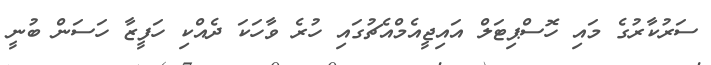
ސަރުކާރުގެ މައި ހޮސްޕިޓަލް އައިޖީއެމްއެޗުގައި ހުރެ ވާހަކަ ދެއްކި ހަފީޒާ ހަސަން ބުނީ